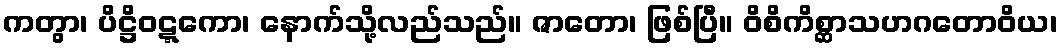
ကတွာ၊ ပိဋ္ဌိဝဋ္ဋကော၊ နောက်သို့လည်သည်။ ဇာတော၊ ဖြစ်ပြီ။ ဝိစိကိစ္ဆာသဟဂတောဝိယ၊